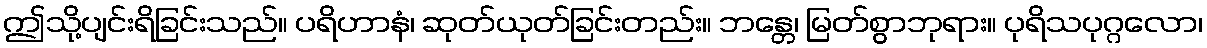
ဤသို့ပျင်းရိခြင်းသည်။ ပရိဟာနံ၊ ဆုတ်ယုတ်ခြင်းတည်း။ ဘန္တေ၊ မြတ်စွာဘုရား။ ပုရိသပုဂ္ဂလော၊